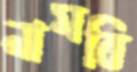
নামবি